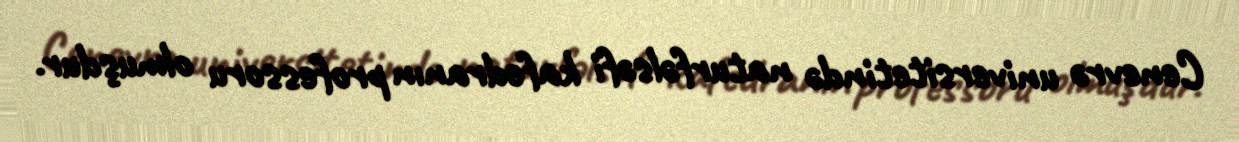
Cenevrə universitetində naturfəlsəfi kafedranın professoru olmuşdur.